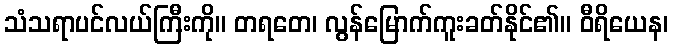
သံသရာပင်လယ်ကြီးကို။ တရတေ၊ လွန်မြောက်ကူးခတ်နိုင်၏။ ဝီရိယေန၊